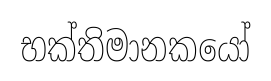
භක්තිමානකයෝ